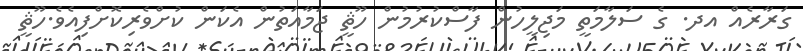
ގަރާރެއް އދ. ގެ ސަލާމަތީ މަޖިލީހުން ފާސްކުރުމުން ހޫޘީ ޖަމާއަތުން އެކަން ކުށްވެރިކޮށްފިއެވެ.ހޫޘީ